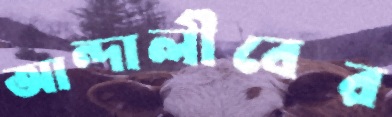
আন্দালীবের